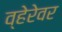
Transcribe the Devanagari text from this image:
व्हेरेवर